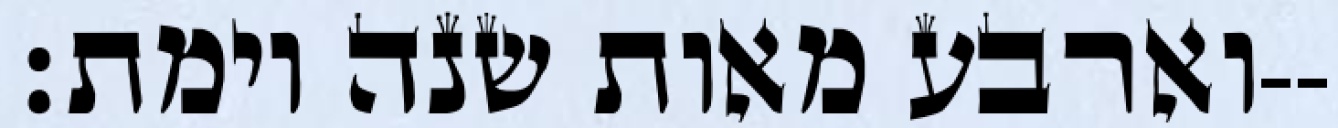
וארבע מאות שנה וימת׃--